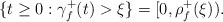
\begin{align*}\{t\geq 0:\gamma _{f}^{+}(t)>\xi \}=[0,\rho _{f}^{+}(\xi )). \end{align*}